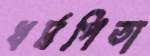
ধর্মপিতা